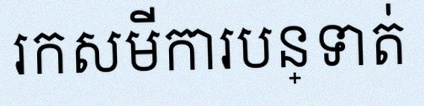
រកសមីការបន្ទាត់